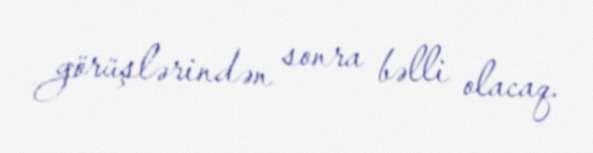
görüşlərindən sonra bəlli olacaq.